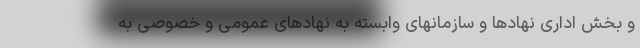
و بخش اداری نهادها و سازمانهای وابسته به نهادهای عمومی و خصوصی به